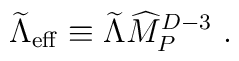
{\widetilde\Lambda}_{\rm eff}\equiv{\widetilde\Lambda}{\widehat M}_P^{D-3}~.